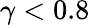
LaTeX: \gamma<0.8